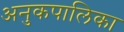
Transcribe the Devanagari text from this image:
अनुकपालिका